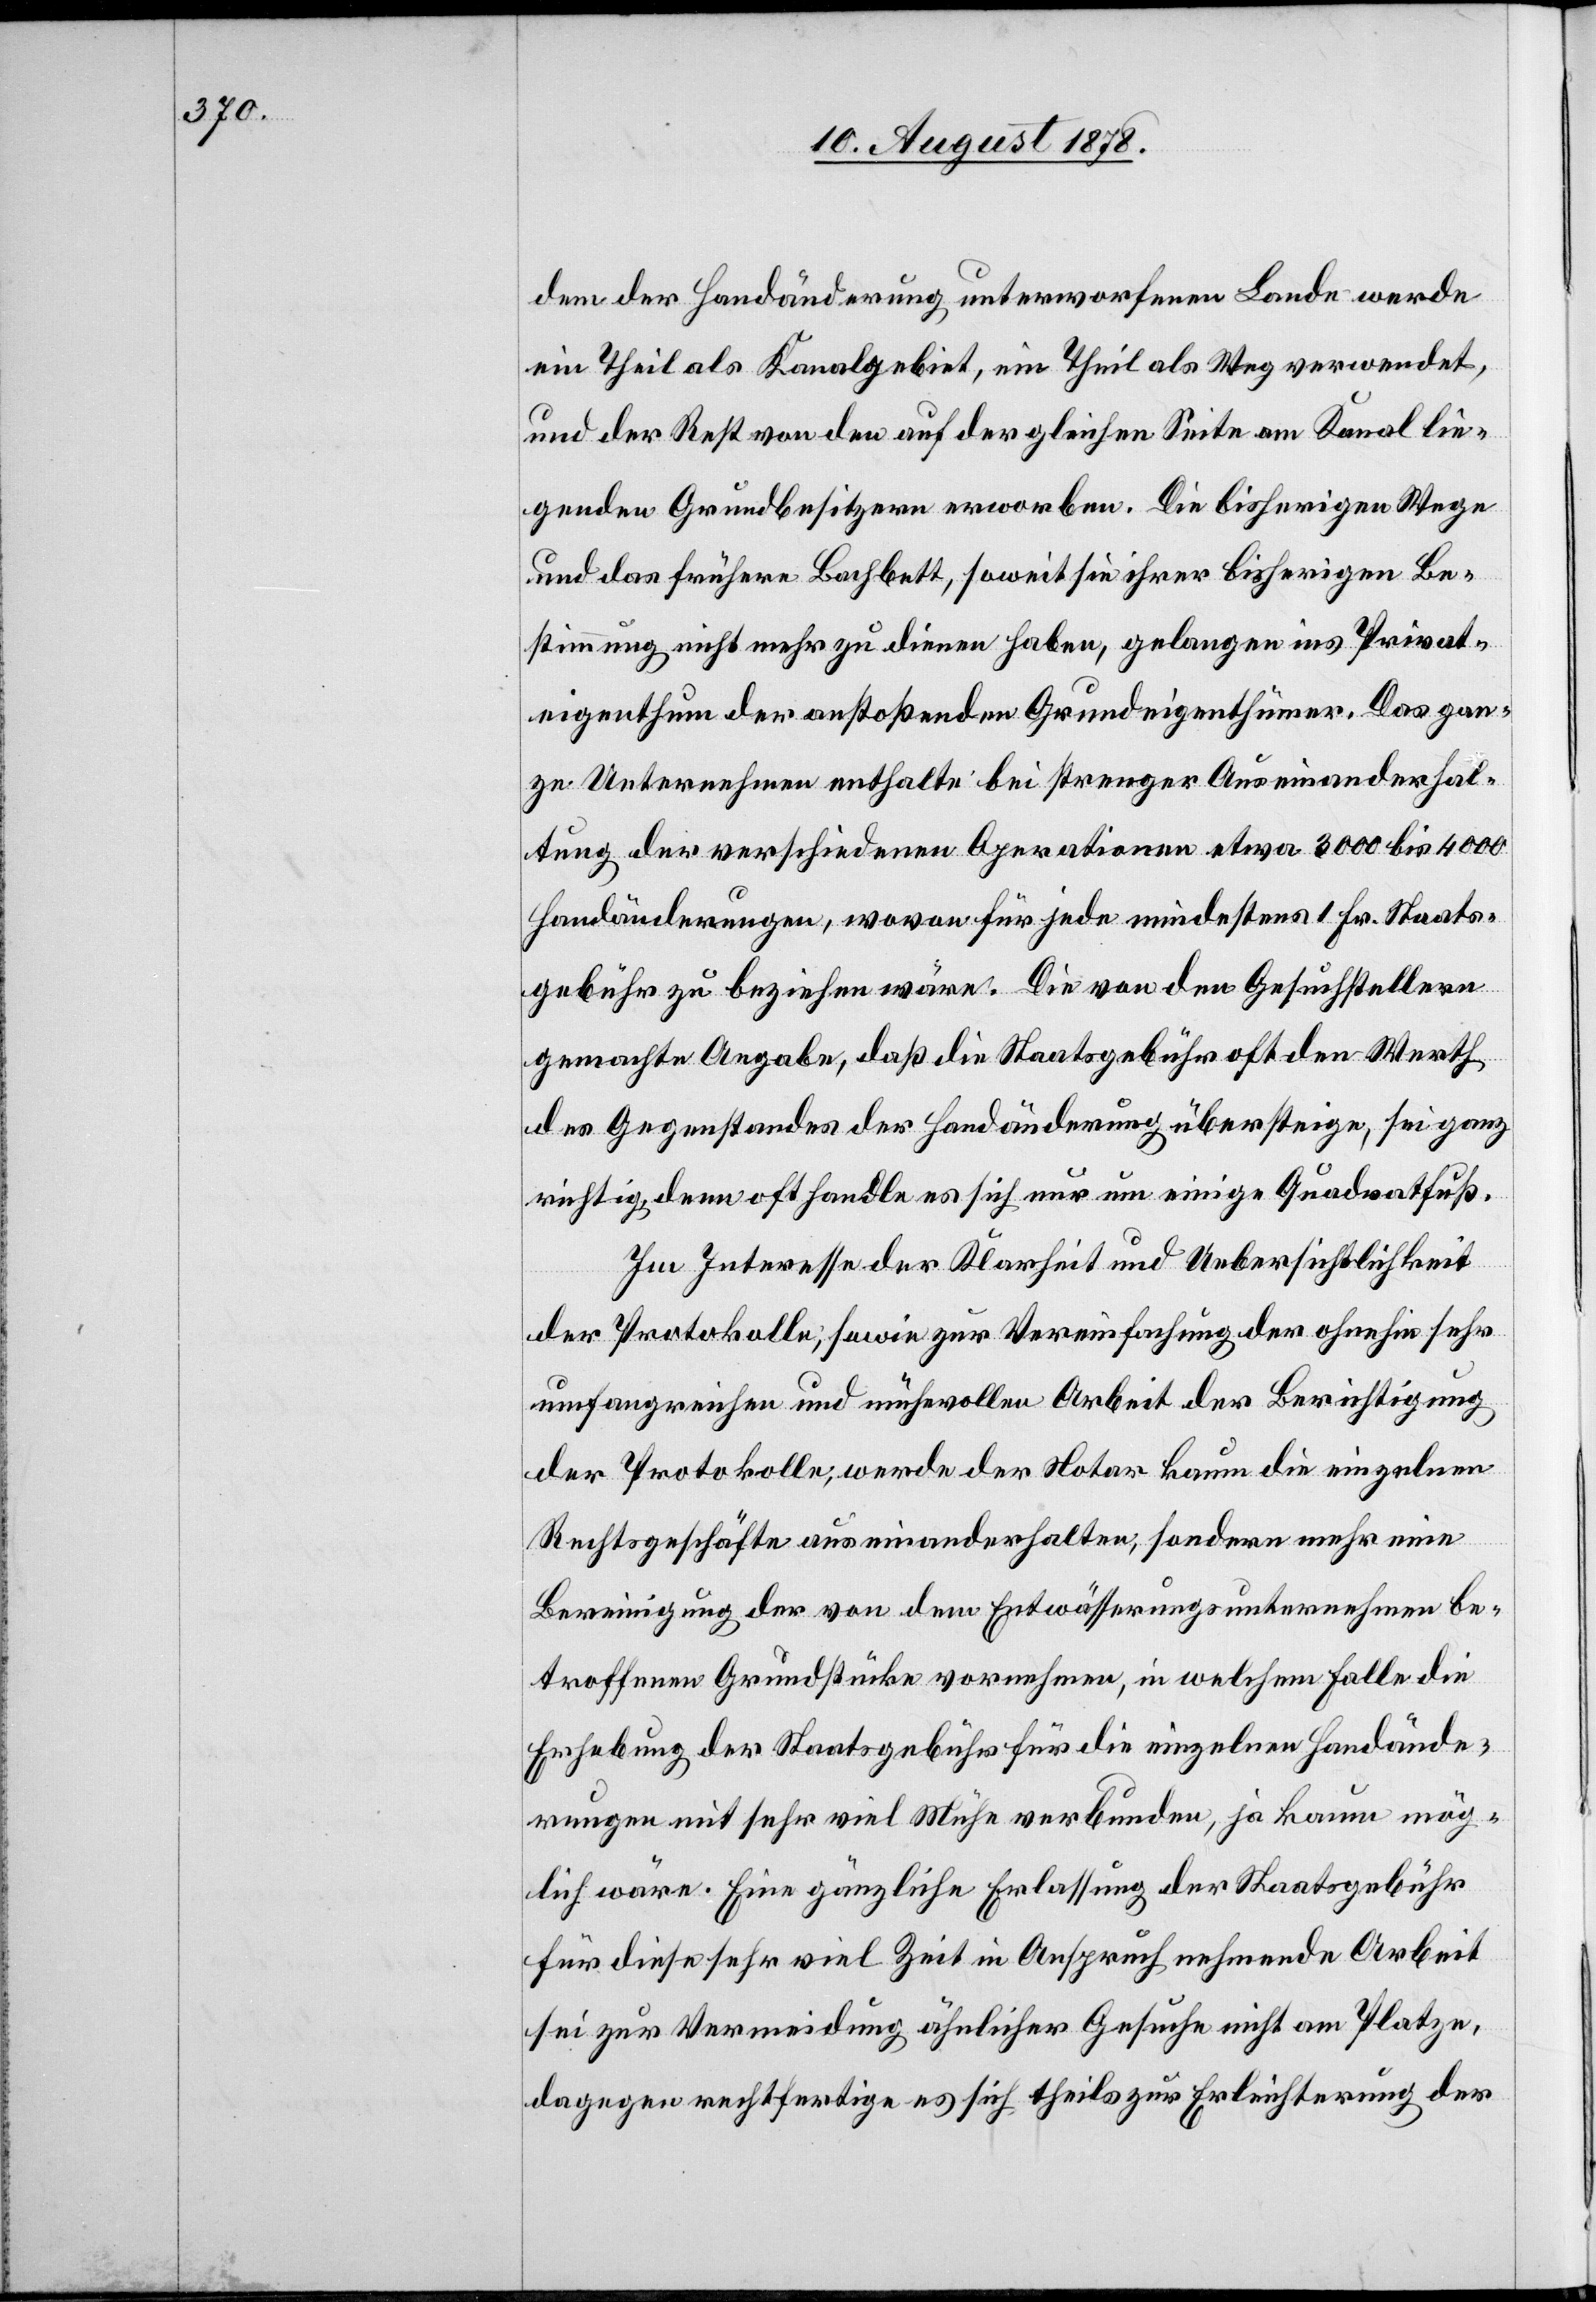
dem der Handänderung unterworfenen Lande werde
ein Theil als Kanalgebiet, ein Theil als Weg verwendet,
und der Rest von den auf der gleichen Seite am Kanal lie¬
genden Grundbesitzern erworben. Die bisherigen Wege
und das frühere Bachbett, soweit sie ihrer bisherigen Be¬
stimmung nicht mehr zu dienen haben, gelangen ins Privat¬
eigenthum der anstoßenden Grundeigenthümer. Das gan¬
ze Unternehmen enthalte bei strenger Auseinanderhal¬
tung der verschiedenen Operationen etwa 3000 bis 4000
Handänderungen, wovon für jede mindestens 1 Fr. Staats¬
gebühr zu beziehen wäre. Die von den Gesuchstellern
gemachte Angabe, daß die Staatsgebühr oft den Werth
des Gegenstandes der Handänderung übersteige, sei ganz
richtig, denn oft handle es sich nur um einige Quadratfuß.
Im Interesse der Klarheit und Uebersichtlichkeit
der Protokolle; sowie zur Vereinfachung der ohnehin sehr
umfangreichen und mühevollen Arbeit der Berichtigung
der Protokolle, werde der Notar kaum die einzelnen
Rechtsgeschäfte auseinanderhalten, sondern mehr eine
Bereinigung der von dem Entwässerungsunternehmen be¬
troffenen Grundstücke vornehmen, in welchem Falle die
Erhebung der Staatsgebühr für die einzelnen Handände¬
rungen mit sehr viel Mühe verbunden, ja kaum mög¬
lich wäre. Eine gänzliche Erlassung der Staatsgebühr
für diese sehr viel Zeit in Anspruch nehmende Arbeit
sei zur Vermeidung ähnlicher Gesuche nicht am Platze,
dagegen rechtfertige es sich theils zur Erleichterung der